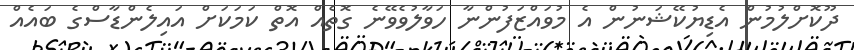
ދޫކޮށްލުމުން އެޑިޔުކޭޝަނުން އެ މުވައްޒަފުންނާ ހަވާލުވެވޭނެ ގޮތެއް އޮތް ކަމަކަށް އައިލެންޑާސްގެ ބައެއް